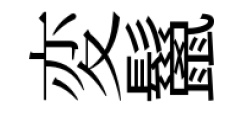
変鬣